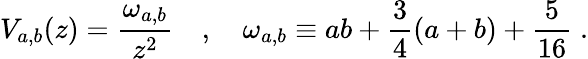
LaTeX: V_{a,b}(z)=\frac{\omega_{a,b}}{z^{2}}\quad,\quad\omega_{a,b}\equiv ab+\frac{3}{4}\left(a+b\right)+\frac{5}{16}\; .